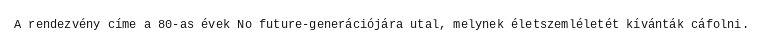
A rendezvény címe a 80-as évek No future-generációjára utal, melynek életszemléletét kívánták cáfolni.